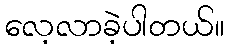
လေ့လာခဲ့ပါတယ်။